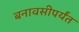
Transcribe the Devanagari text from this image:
बनावसीपर्यंत